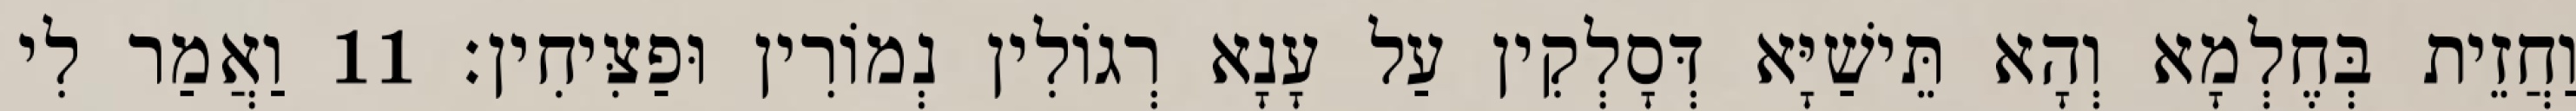
וַחֲזֵית בְּחֶלְמָא וְהָא תֵּישַׁיָּא דְּסָלְקִין עַל עָנָא רְגוֹלִין נְמוֹרִין וּפַצִּיחִין׃ 11 וַאֲמַר לִי